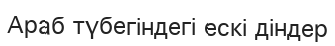
Араб түбегіндегі ескі діндер